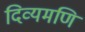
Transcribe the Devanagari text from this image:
दिव्यमणि